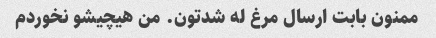
ممنون بابت ارسال مرغ له شدتون. من هیچیشو نخوردم